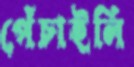
পেঁচাইলি